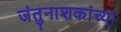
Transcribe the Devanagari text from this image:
जंतुनाशकांच्या